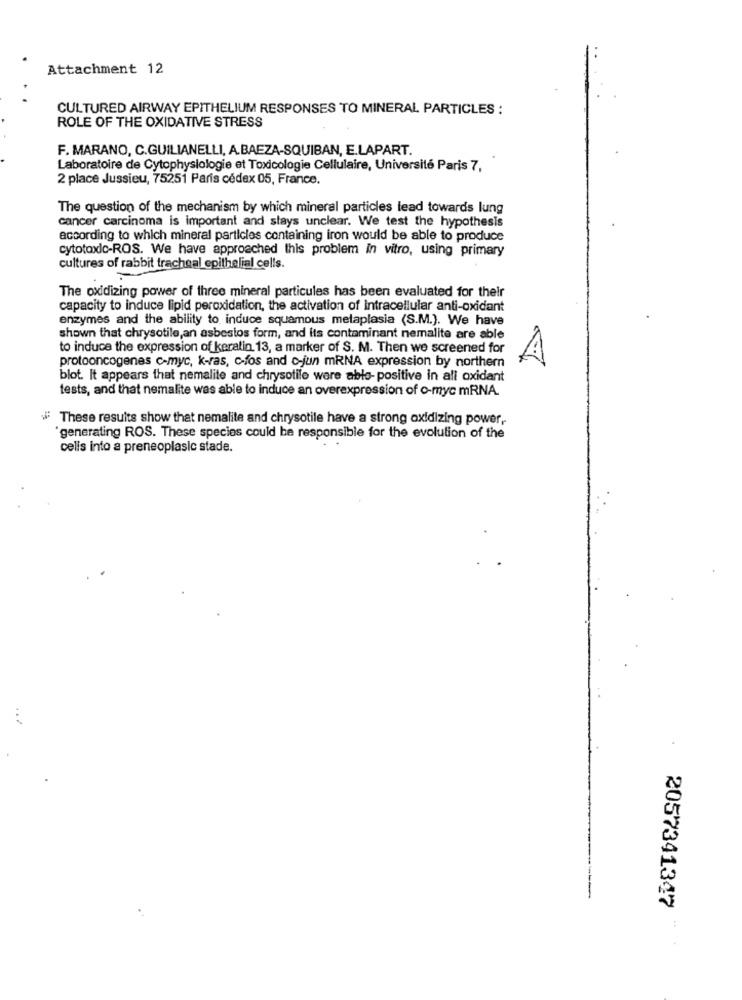
Attachment 12
CULTURED AIRWAY EPITHELIUM RESPONSES TO MINERAL PARTICLES :
ROLE OF THE OXIDATIVE STRESS
F. MARANO, C.GUILIANELLI, A.BAEZA-SQUIBAN, E.LAPART.
Laboratoire de Cytophysiologie et Toxicologie Cellulaire, Université Paris 7,
2 place Jussieu, 75251 Paris cedex 05, France.
The question of the mechanism by which mineral particles lead towards lung
cancer carcinoma is important and slays unclear. We test the hypothesis
according to which mineral particles containing iron would be able to produce
cytotoxic-ROS. We have approached this problem in vitro, using primary
cultures of rabbit tracheal epithelial cells.
The oxidizing power of three mineral particules has been evaluated for their
capacity to induce lipid peroxidation, the activation of intracellular anti-oxidant
enzymes and the ability to induce squamous metaplasia (S.M.). We have
shown that chrysotile,an asbestos form, and its contaminant nemalite are able
to induce the expression of keratin. 13, a marker of S. M. Then we screened for
protooncogenes c-myc, k-ras, c-fos and c-jun mRNA expression by northern
blot. It appears that nemalite and chrysotile were able-positive in all oxidant
tests, and that nemalite was able to induce an overexpression of o-myc mRNA.
These results show that nemalite and chrysotile have a strong oxidizing power,
"generating ROS. These species could be responsible for the evolution of the
cells into a preneoplasic stade.
2057341347